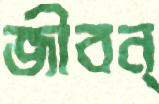
জীবন্